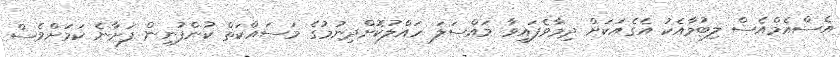
އެސްއެމްއެސް ލިބުމާއެކު އެގެއަކަށް ދިމާވެފައިވާ މައްސަލަ ހައްލުކޮށްދިނުމުގެ މަސައްކަތް ކުންފުނިން ފަށާނެ ކަމަށްވެސް